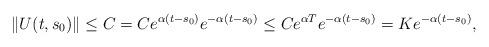
LaTeX: \begin{align*}\|U(t,s_0)\|\leq C=Ce^{\alpha(t-s_0)}e^{-\alpha(t-s_0)}\leq Ce^{\alpha T}e^{-\alpha(t-s_0)}=Ke^{-\alpha(t-s_0)},\end{align*}